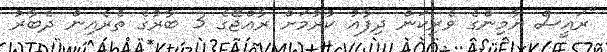
"ރައީސް ޔާމިންގެ ވެރިކަން ދިފާއު ކުރުމަށް ރާއްޖޭގެ 3 ބާރުގެ ތެރެއިން ދެބާރު